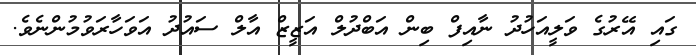
ގައި އޭރުގެ ވަލީއަހުދު ނާއިފް ބިން އަބްދުލް އަޒީޒް އާލް ސައުދު އަވަހާރަވުމުންނެވެ.